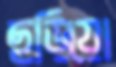
ছড়িয়ো